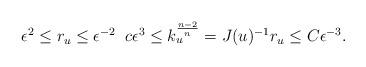
LaTeX: \begin{align*}\epsilon^{2}\leq r_{u}\leq \epsilon^{-2}\;\;c\epsilon^{3}\leq k_{u}^{\frac{n-2}{n}}=J(u)^{-1}r_{u}\leq C\epsilon^{-3}.\end{align*}